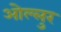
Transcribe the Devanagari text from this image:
ओल्लुर